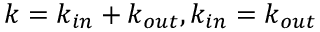
k = k _ { i n } + k _ { o u t } , k _ { i n } = k _ { o u t }